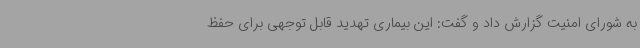
به شورای امنیت گزارش داد و گفت: این بیماری تهدید قابل توجهی برای حفظ